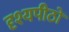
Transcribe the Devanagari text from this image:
दृश्यपीठों